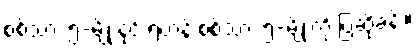
စစ်သား ၅-မျိုးနှင့် ရဟန်းစစ်သား ၅-မျိုးကို ပြဆိုခန်း။